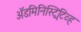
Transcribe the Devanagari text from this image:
अॅडमिनिस्ट्रिटिव्ह